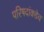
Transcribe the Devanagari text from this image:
परिषदांकडेच